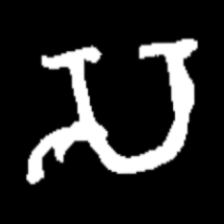
Pyu character \u2014 Myanmar letter: သ (romanized: sa)